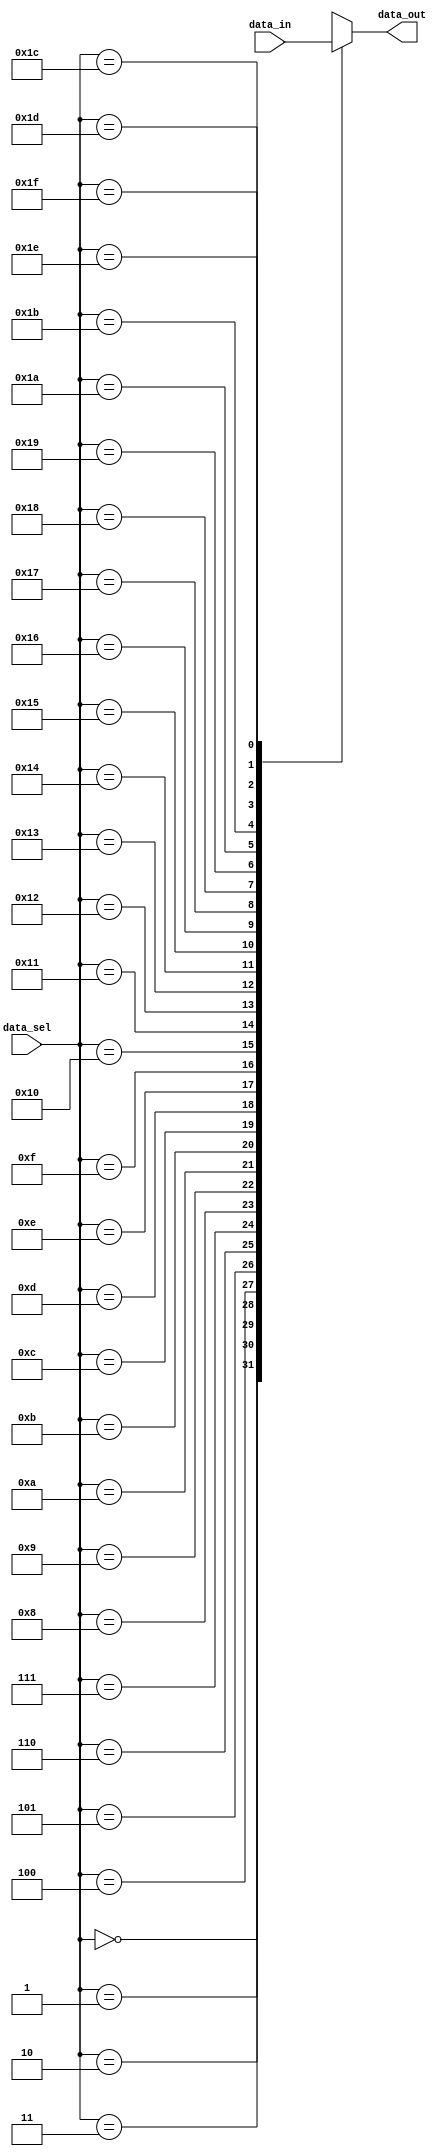
`timescale 1ns / 1ps
//////////////////////////////////////////////////////////////////////////////////
// Company: 
// Engineer: 
// 
// Design Name: 
// Module Name: data_mux
// Project Name: 
// Target Devices: 
// Tool Versions: 
// Description: 
// 
// Dependencies: 
// 
// Revision:
// Revision 0.01 - File Created
// Additional Comments:
// 
//////////////////////////////////////////////////////////////////////////////////


module data_mux(

    input [511:0] data_in,
    input [4:0] data_sel,
    output reg [15:0] data_out
    );
    
always@(*) begin
    case(data_sel)
        0:begin
            data_out = data_in[32*16-1:31*16];
        end
        1:begin
            data_out = data_in[31*16-1:30*16];
        end
        2:begin
            data_out = data_in[30*16-1:29*16];
        end 
        3:begin
            data_out = data_in[29*16-1:28*16];
        end
        4:begin
            data_out = data_in[28*16-1:27*16];
        end
        5:begin
            data_out = data_in[27*16-1:26*16];
        end     
        6:begin
            data_out = data_in[26*16-1:25*16];
        end
        7:begin
            data_out = data_in[25*16-1:24*16];
        end
        8:begin
            data_out = data_in[24*16-1:23*16];
        end 
        9:begin
            data_out = data_in[23*16-1:22*16];
        end
        10:begin
            data_out = data_in[22*16-1:21*16];
        end
        11:begin
            data_out = data_in[21*16-1:20*16];
        end
        12:begin
            data_out = data_in[20*16-1:19*16];
        end
        13:begin
            data_out = data_in[19*16-1:18*16];
        end 
        14:begin
            data_out = data_in[18*16-1:17*16];
        end
        15:begin
            data_out = data_in[17*16-1:16*16];
        end
        16:begin
            data_out = data_in[16*16-1:15*16];
        end
        17:begin
            data_out = data_in[15*16-1:14*16];
        end
        18:begin
            data_out = data_in[14*16-1:13*16];
        end 
        19:begin
            data_out = data_in[13*16-1:12*16];
        end
        20:begin
            data_out = data_in[12*16-1:11*16];
        end
        21:begin
            data_out = data_in[11*16-1:10*16];
        end     
        22:begin
            data_out = data_in[10*16-1:9*16];
        end
        23:begin
            data_out = data_in[9*16-1:8*16];
        end
        24:begin
            data_out = data_in[8*16-1:7*16];
        end 
        25:begin
            data_out = data_in[7*16-1:6*16];
        end
        26:begin
            data_out = data_in[6*16-1:5*16];
        end
        27:begin
            data_out = data_in[5*16-1:4*16];
        end
        28:begin
            data_out = data_in[4*16-1:3*16];
        end
        29:begin
            data_out = data_in[3*16-1:2*16];
        end 
        30:begin
            data_out = data_in[2*16-1:1*16];
        end
        31:begin
            data_out = data_in[1*16-1:0*16];
        end                
    endcase
end

endmodule